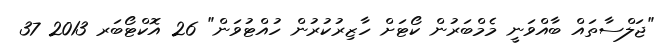
"ޖަލްސާތައް ބާއްވަނީ މެމްބަރުން ކޯޓަށް ހާޒިރުކުރުން ހުއްޓުވަން" 26 އޮކްޓޯބަރ 2013 37